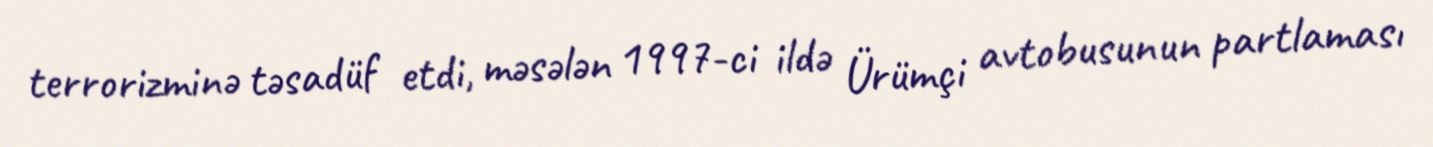
terrorizminə təsadüf etdi, məsələn 1997-ci ildə Ürümçi avtobusunun partlaması